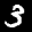
Label: 3